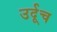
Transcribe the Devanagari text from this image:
उर्दूच